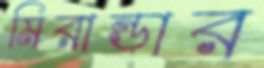
মিরান্ডার